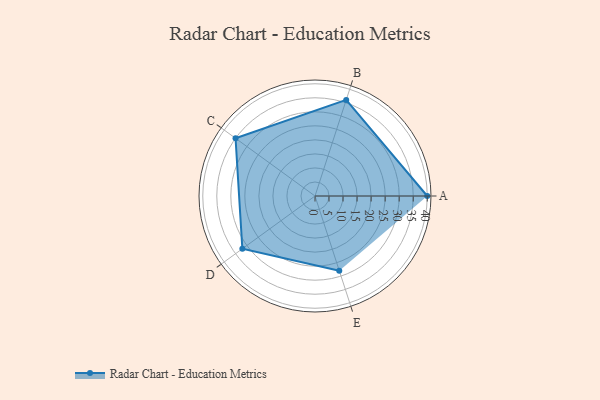
{"axis": {"x": "Skill", "y": "Score"}, "legend": ["Profile"], "data": [{"x": "A", "y": 40.0, "type": "Profile"}, {"x": "B", "y": 36.0, "type": "Profile"}, {"x": "C", "y": 35.0, "type": "Profile"}, {"x": "D", "y": 32.0, "type": "Profile"}, {"x": "E", "y": 28.0, "type": "Profile"}]}